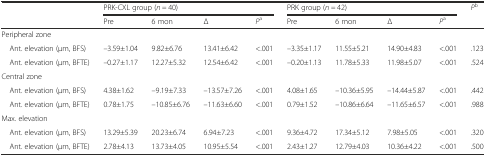
| <ROWSPAN=2>  | <COLSPAN=4> PRK-CXL group (n = 40) | <COLSPAN=4> PRK group (n = 42) | <ROWSPAN=2> Pb |
 | Pre | 6 mon | Δ | Pa | Pre | 6 mon | Δ | Pa |
 | --- | --- | --- | --- | --- | --- | --- | --- | --- | --- |
 | <COLSPAN=10> Peripheral zone |
 | Ant. elevation (μm, BFS) | –3.59±1.04 | 9.82±6.76 | 13.41±6.42 | <.001 | –3.35±1.17 | 11.55±5.21 | 14.90±4.83 | <.001 | .123 |
 | Ant. elevation (μm, BFTE) | –0.27±1.17 | 12.27±5.32 | 12.54±6.42 | <.001 | –0.20±1.13 | 11.78±5.33 | 11.98±5.07 | <.001 | .524 |
 | <COLSPAN=10> Central zone |
 | Ant. elevation (μm, BFS) | 4.38±1.62 | –9.19±7.33 | –13.57±7.26 | <.001 | 4.08±1.65 | –10.36±5.95 | –14.44±5.87 | <.001 | .442 |
 | Ant. elevation (μm, BFTE) | 0.78±1.75 | –10.85±6.76 | –11.63±6.60 | <.001 | 0.79±1.52 | –10.86±6.64 | –11.65±6.57 | <.001 | .988 |
 | <COLSPAN=10> Max. elevation |
 | Ant. elevation (μm, BFS) | 13.29±5.39 | 20.23±6.74 | 6.94±7.23 | <.001 | 9.36±4.72 | 17.34±5.12 | 7.98±5.05 | <.001 | .320 |
 | Ant. elevation (μm, BFTE) | 2.78±4.13 | 13.73±4.05 | 10.95±5.54 | <.001 | 2.43±1.27 | 12.79±4.03 | 10.36±4.22 | <.001 | .500 |